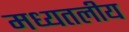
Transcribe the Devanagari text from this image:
मध्यतलीय